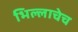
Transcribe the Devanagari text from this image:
भिल्लाचेच